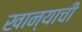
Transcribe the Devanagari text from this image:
खान्याची